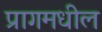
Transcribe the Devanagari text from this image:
प्रागमधील